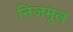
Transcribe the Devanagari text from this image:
निज़मूल